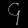
Digit: ၄